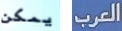
يمكن العرب